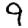
Digit: 9